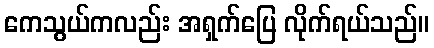
ကေသွယ်ကလည်း အရှက်ပြေ လိုက်ရယ်သည်။